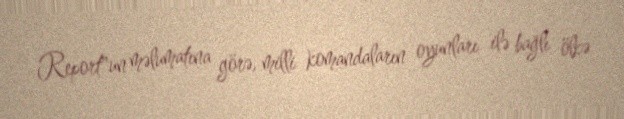
Report"un məlumatına görə, milli komandaların oyunları ilə bağlı ölkə